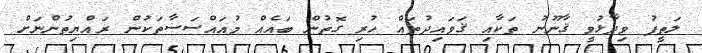
ލަތީފު ވިދާޅުވީ ޤާނޫނު ތަކާއި ޤަވައިދުތައް ހުރި ގޮތުން ބައެއް މުއައްސަސާތަކުން ރައްޔިތުންނަށް